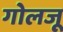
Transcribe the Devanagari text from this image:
गोलजू